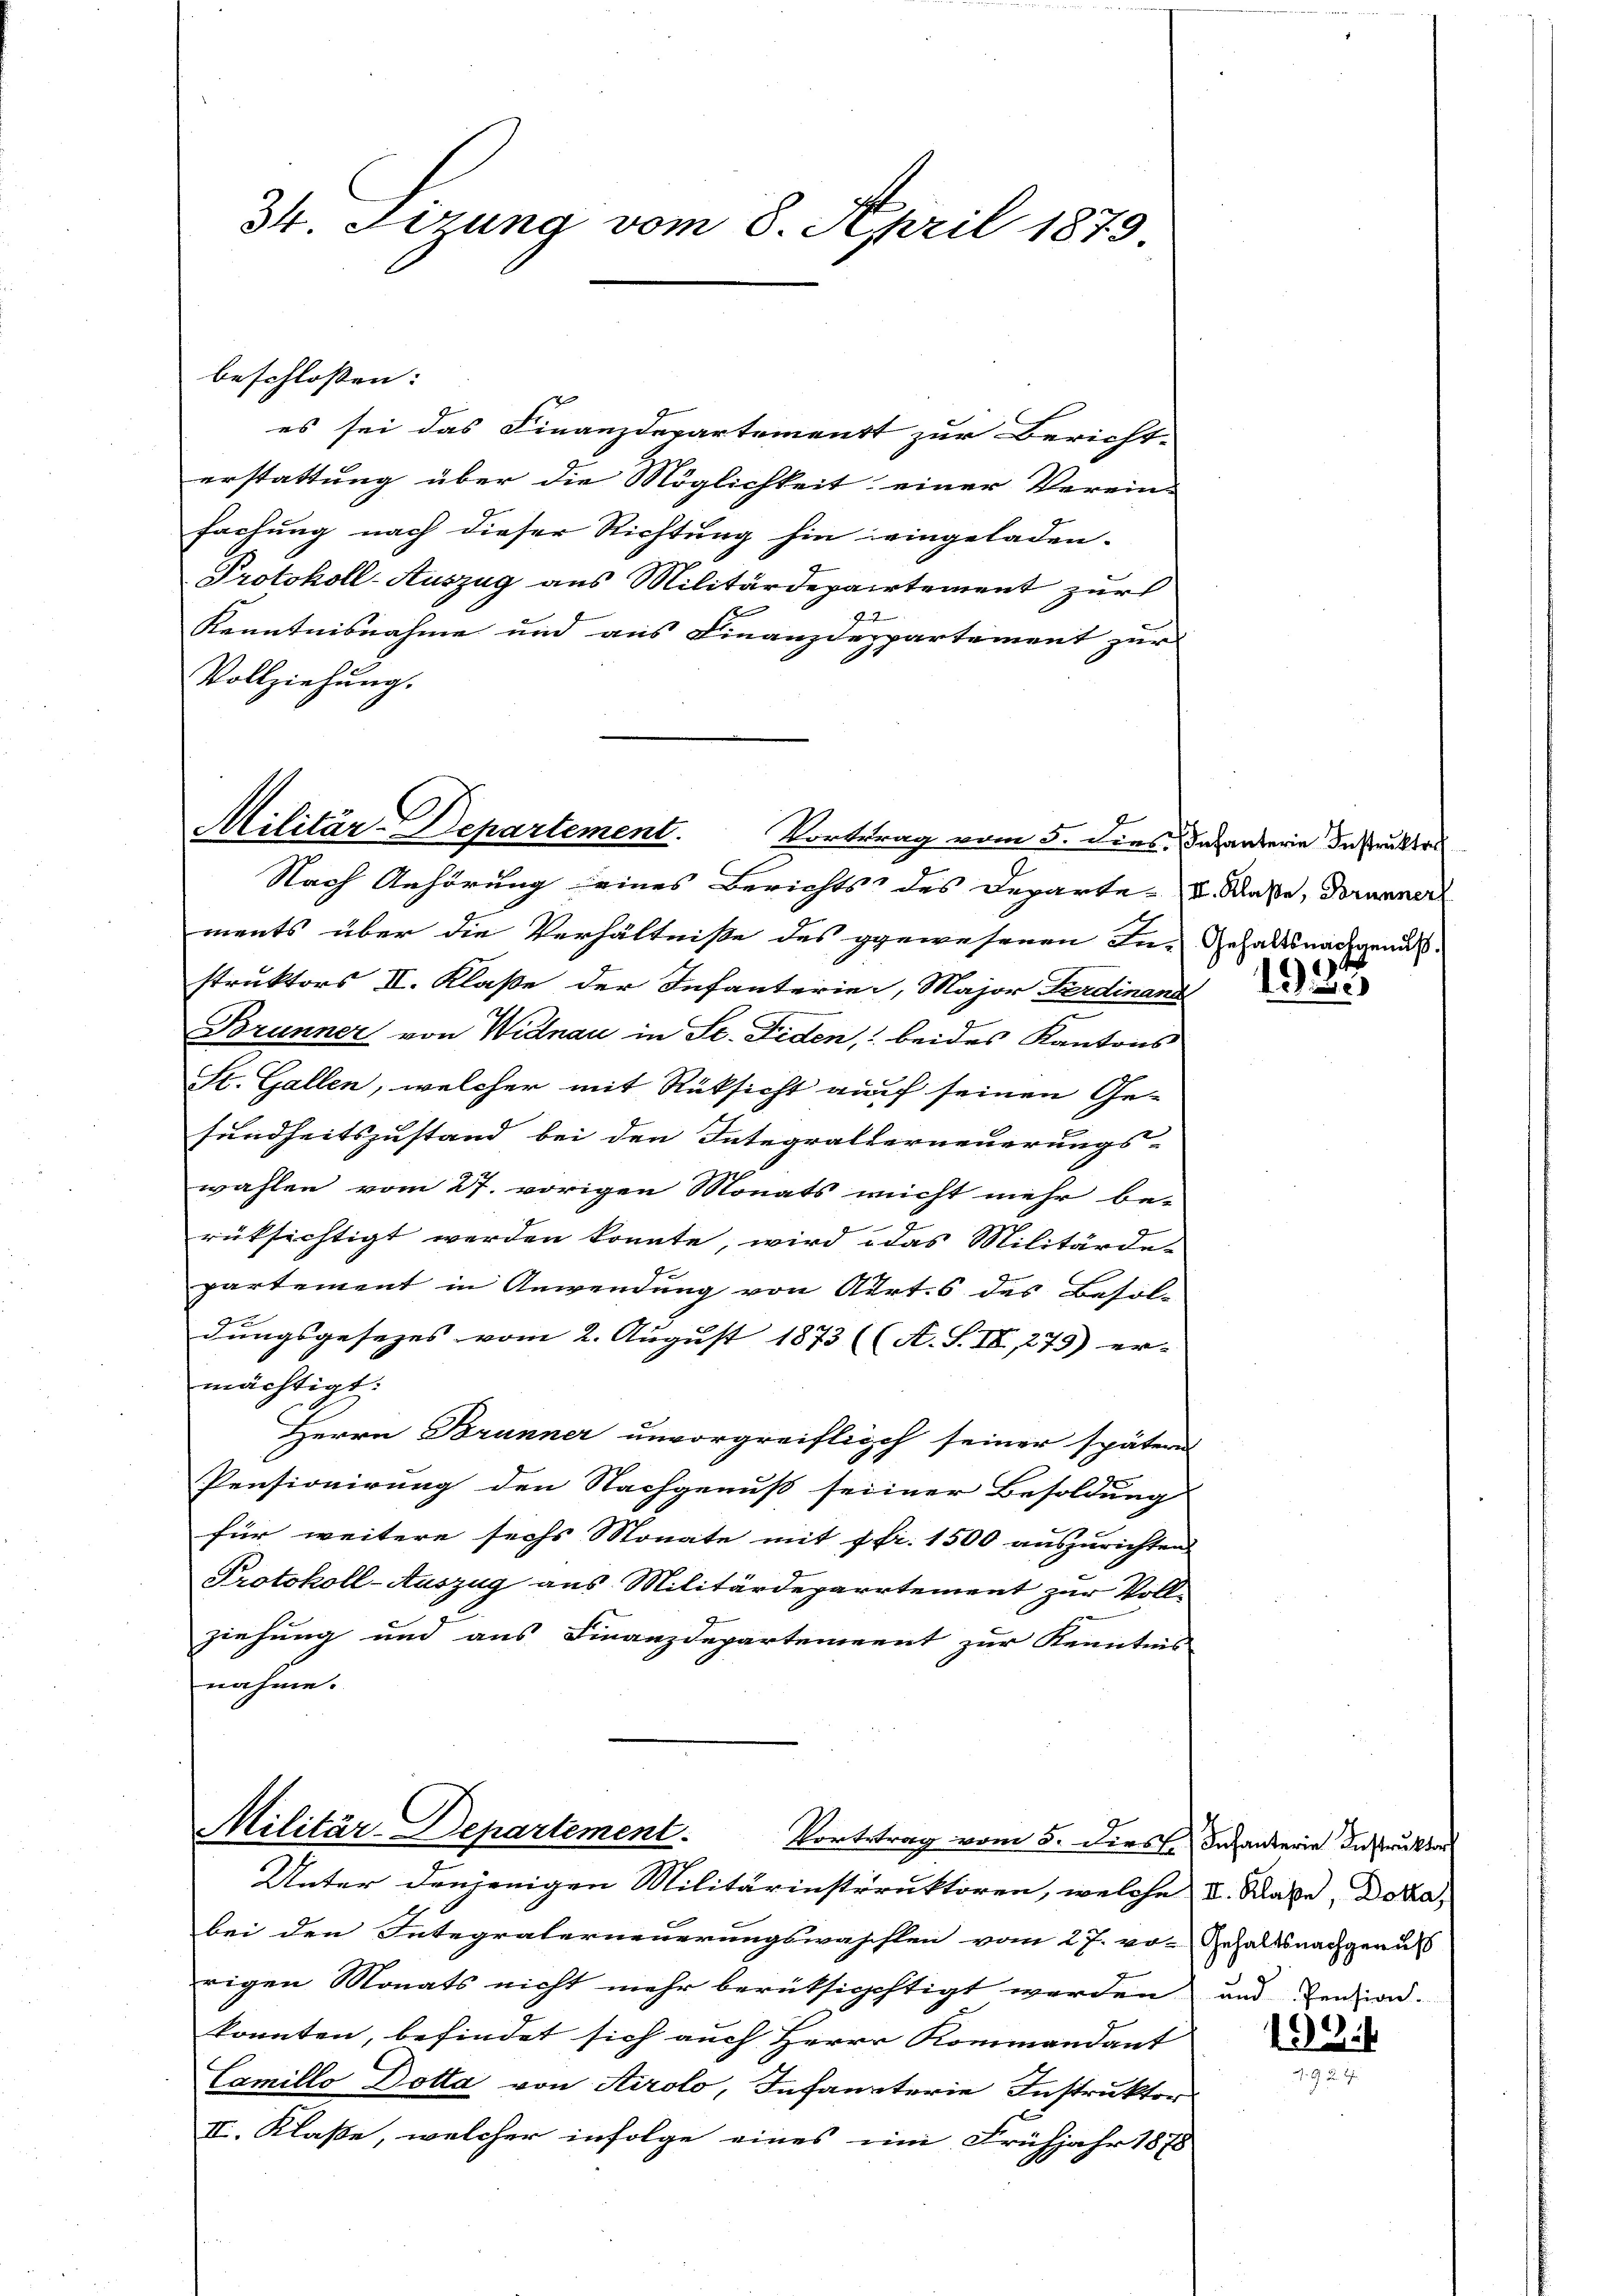
34. Firung vom 8. April 1879

beschlossen:

es sei das Finanzdepartement zur Bericht-
erstattung über die Möglichkeit einer Verein-
fachung nach dieser Richtung hin eingeladen.
Protokoll-Auszug aus Militärdepartement zur
z
Kenntnisnahme und aus Finanzdeppartement zur
Vollziehung.

Militär-Departement. Vortrag vom 5. dies. Das andern Instruktes

Nach Anhörung eines Berichts des Departe- u. Klaße, Dornener
ments über die Verhältniße des gewesenen In- Gehaltsnachgenus.
struktors II. Klaße der Infanterier, Major Ferdinand
Brunner von Widnau in St. Fiden, beides Kantons
St. Gallen, welcher mit Rüksicht auf seinen Ge-
sundheitszustand bei den Integralterneuerungs-
wahlen vom 27. vorigen Monats richt mehr be-
rüksichtigt werden konnte, wird das Militärde-
partement in Anwendung von Airt. 6 des Besol-
dungsgesezes vom 2. August 1873 ((A. S. II, 279) er-
mächtigt.
Herrn Brunner unvorgreiflich seiner spätern
Pensionirung den Nachgenuß seiner Besoldung
für weitere sechs Monate mit p fr. 1500 auszurichten
Protokoll-Auszug aus Militärdeparrtement zur Voll-
ziehung und aus Finanzdepartement zur Kenntnis
nahme.

Militär-Departement.
Vortrtrag vom 5. Diess. Infanterie Instruktor
Unter denjenigen Militärinstruktoren, welche I. Rabe, Doka,

bei den Integraterneuerungswaschten vom 27. von Gehaltsnachgenuss
rigen Monats nicht mehr berüksichtigt werden und Pension-
konnten, befindet sich auch Herrn Kommandant
Camillo Dotta von Airolo, Infanaterie Instruktor
II. Klasse, welcher infolge eines im Frühjahr 1878

6
.35)

103
a. 2 der Sch